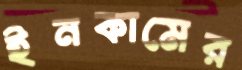
ইনকামের